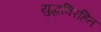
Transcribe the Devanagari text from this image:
युद्धविरहित